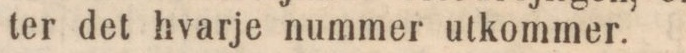
ter det hvarje nummer utkommer.